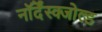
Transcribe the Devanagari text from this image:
नॉर्देंस्क्जोल्ड